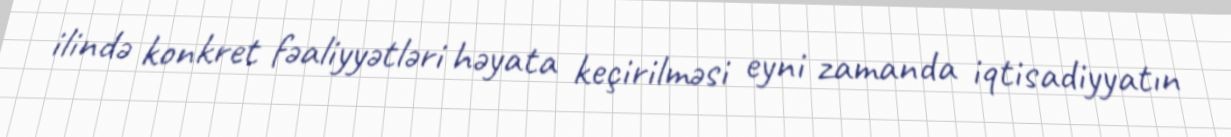
ilində konkret fəaliyyətləri həyata keçirilməsi eyni zamanda iqtisadiyyatın